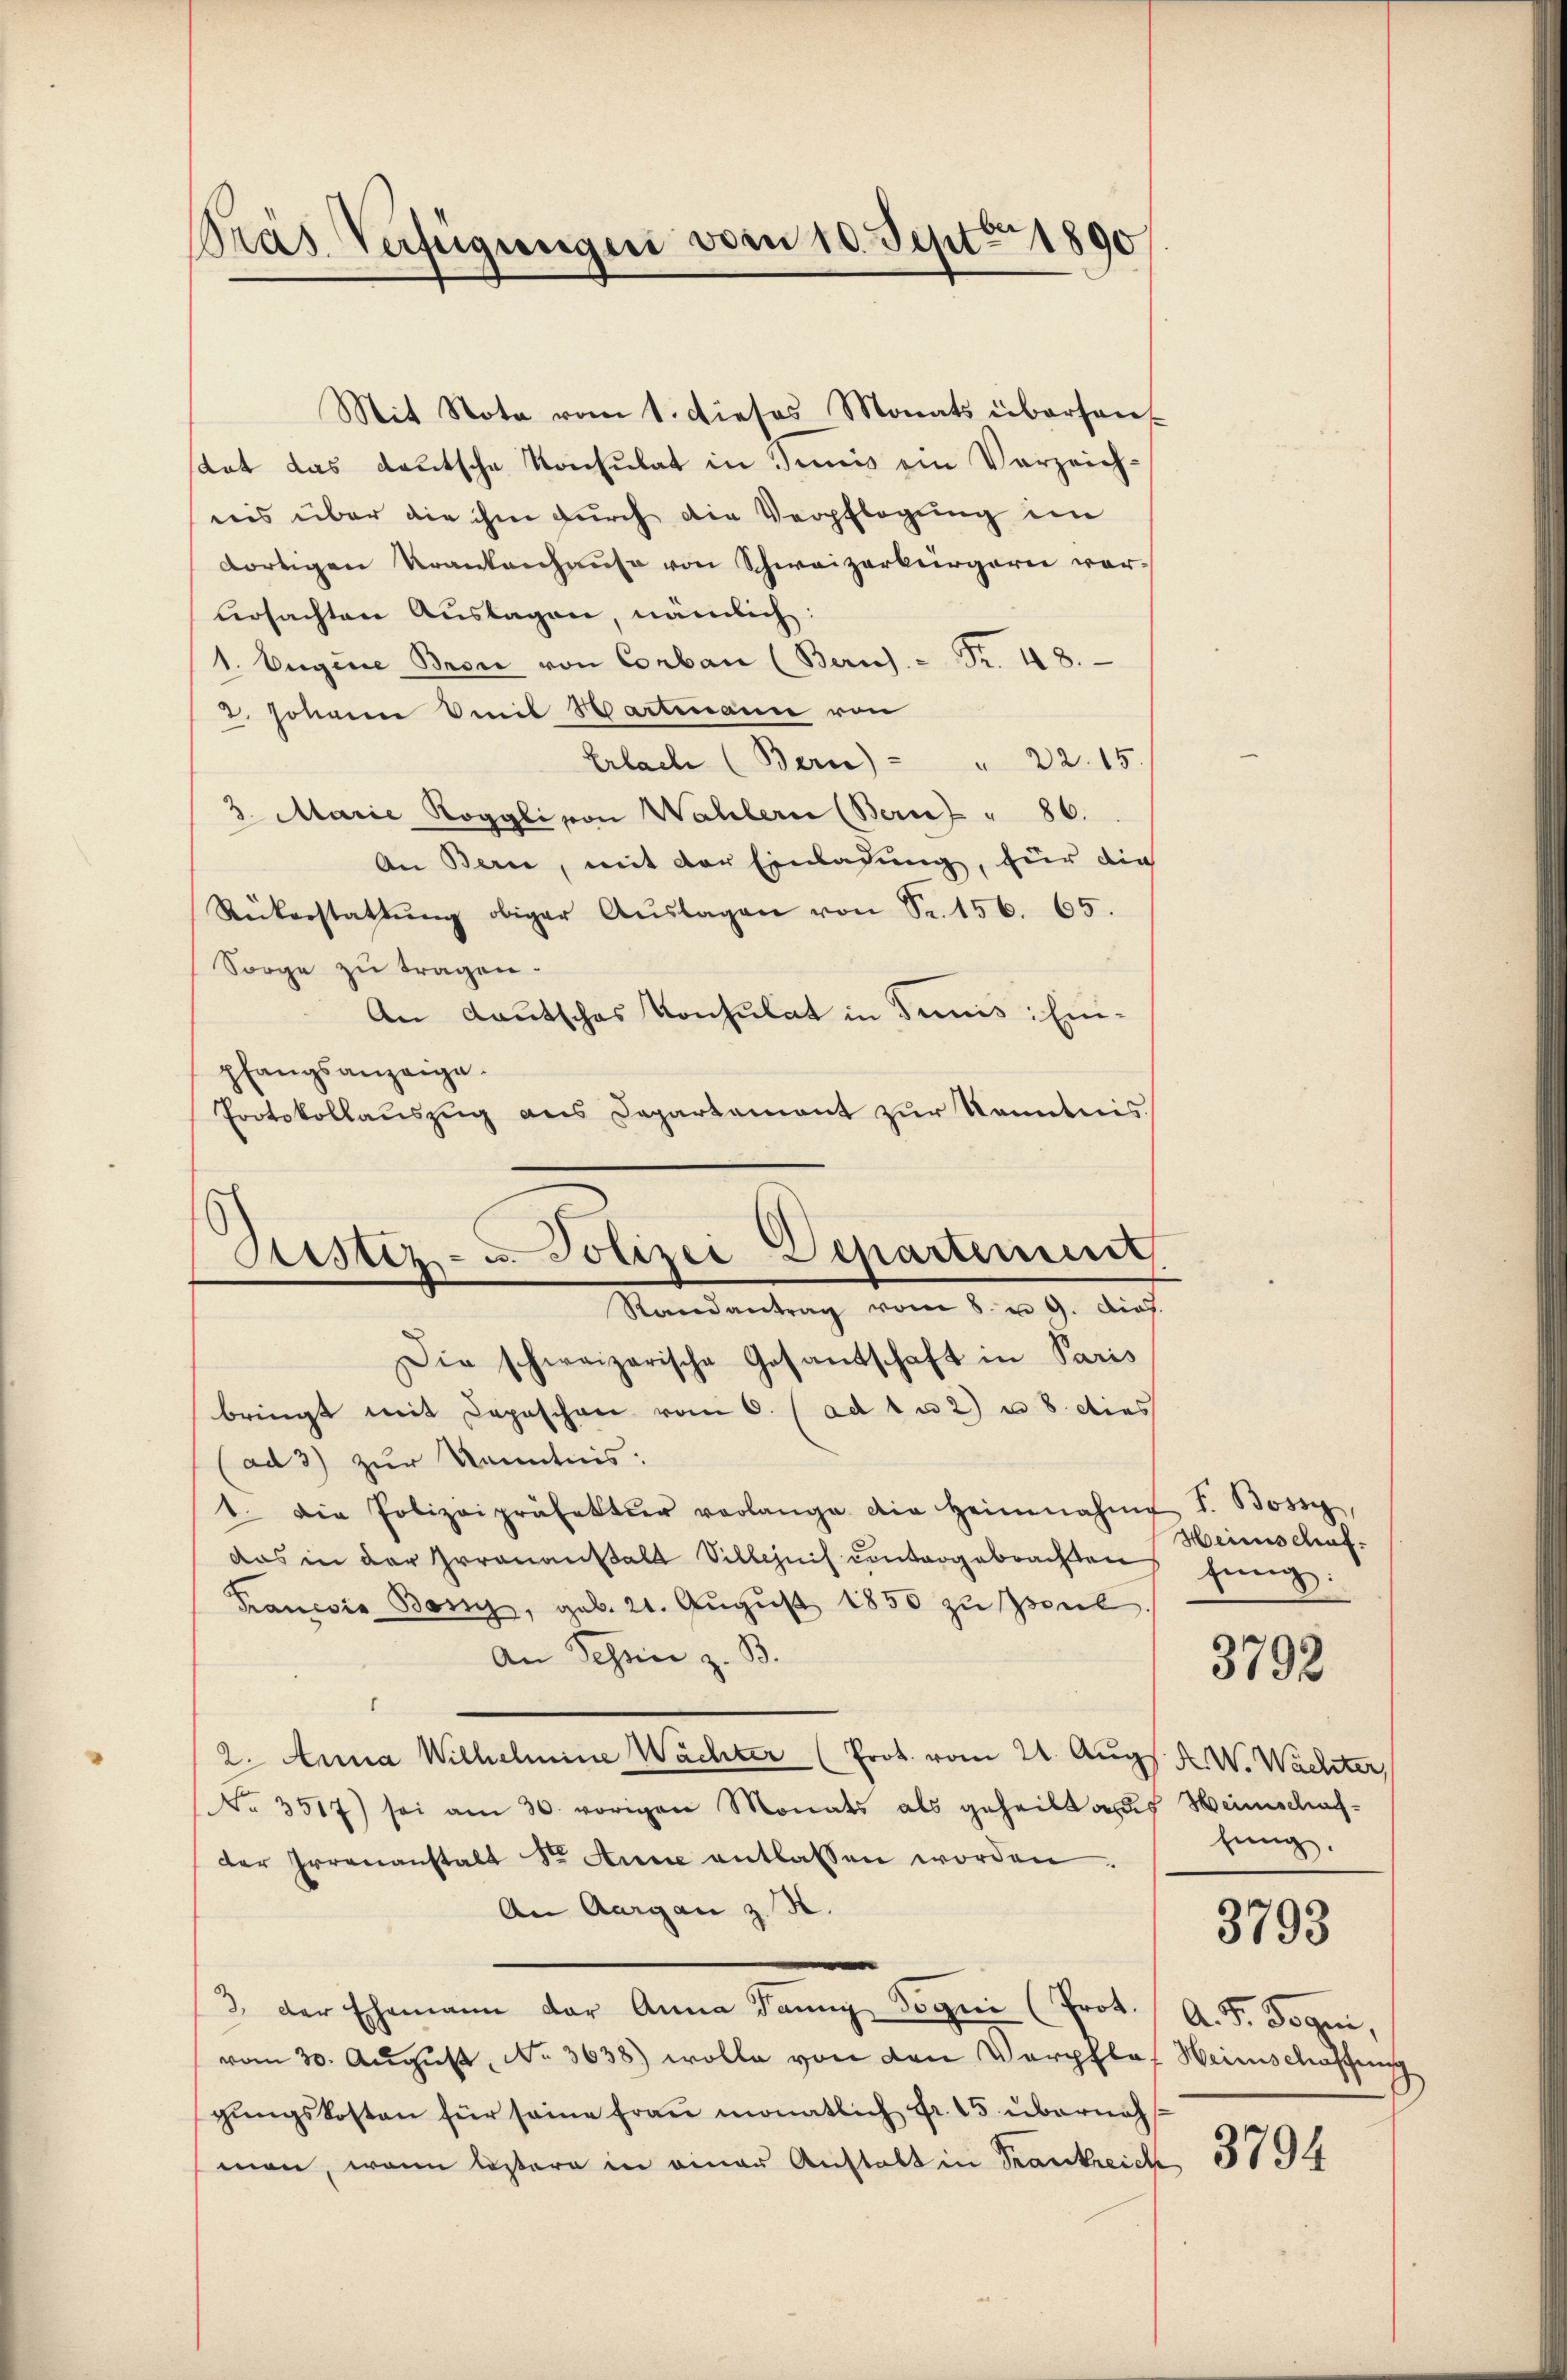
Präs. Verfügungen vom 10. Sept. 1890

Mit Note vom 1. dieses Monats überhaus-
stat das deutsche Konsulat in Junis ein Verzeichnis über die ihm durch die Verpflegung im
dortigen Krankenhause von Schweizerbürgern vorursachten Auslagen, nämlich:
1. Eugene Bron von Corban (Zürich. - Fr. 48.
2. Johann mit Hartmann von
Erlach (Bern) " " 22. 15.
3. Marie Roggli von Wahlern (Bernz " 86.
An Bern, mit der Einladung, für die
Rükerstattŭng obiger Aŭslagen von Sr. 156. 65.
Sorge zu tragen.
An Lautschas Konsulat in Junis: Einpfangsanzeige.
Protokollauszug des Departement zur Kenntnis
Die schweizerische Gesantschaft in Paris
bringt mit Depeschon vom 6. (ad 1 u 2) u. 8. dies
(ad 3) zur Kenntnis:
1. Die Polizeipräfektier verlange die heimnahme I. Bossy,
das in der Irrenanstalt Sillepuis contergebrachten
Francois Benz, geb. 21. August 1850 zu seul
An Tessin z. B.
2. Anna Wilhelmine Wachter (Prot. vom 21. Augs. X. W. Wachter,
No. 3517) sei am 30. vorigen Monats als geheilt auf Weinschafder Irrenanstalt St. Anne entlassen worden.
An Aargau z. R.
2 der Ehemann der Anna Banng Jogni (Prot.
vom 30. Aŭgŭst No. 3638) wolle von den Verpflegŭngskosten für seine Frau monatlich Fr. 15 übernehman, wenn lastere in einer Anstalt in Krankreich

Astiz- u. Polizei Departement.
Randantrag vom 8. u. 9. dies

Heimschuf.
fung:

e

3792

fung.

3793

A. F. Bogen,
Heimschaffung

3794